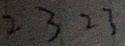
2 3 2 3